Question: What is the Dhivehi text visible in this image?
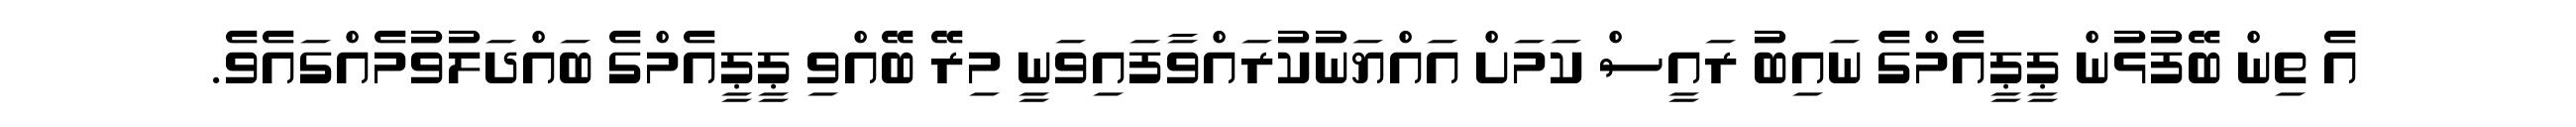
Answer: އެ ތިން ބޭފުޅުން ޕީޕީއެމްގެ ނައިބު ރައީސް ކަމަށް އައްޔަނުކުރައްވާފައިވަނީ މިރޭ ބޭއްވި ޕީޕީއެމްގެ ބައްދަލުވުމެއްގައެވެ.